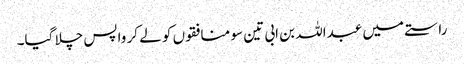
راستے میں عبداللہ بن ابی تین سو منافقوں کو لے کر واپس چلا گیا۔